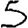
Digit: 5